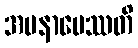
အပနာမေဿတိ